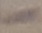
Text: -